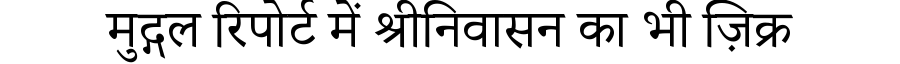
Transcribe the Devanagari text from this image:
मुद्गल रिपोर्ट में श्रीनिवासन का भी ज़िक्र